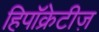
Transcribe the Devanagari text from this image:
हिपॉक्रेटीज़